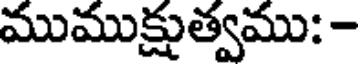
ముముక్షుత్వము: -